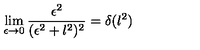
\lim _ { \epsilon \to 0 } \frac { \epsilon ^ { 2 } } { ( \epsilon ^ { 2 } + l ^ { 2 } ) ^ { 2 } } = \delta ( l ^ { 2 } )